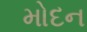
મોદન